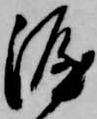
涯